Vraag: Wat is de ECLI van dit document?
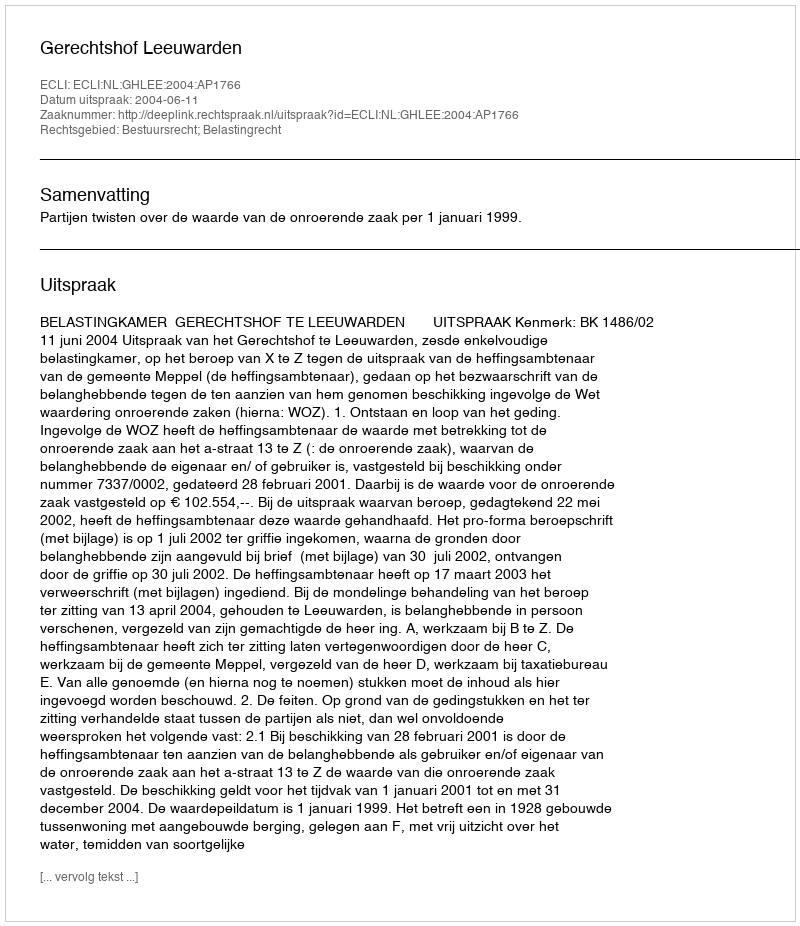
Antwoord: ECLI:NL:GHLEE:2004:AP1766